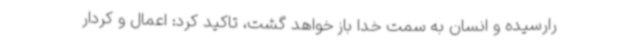
رارسیده و انسان به سمت خدا باز خواهد گشت، تاکید کرد: اعمال و کردار